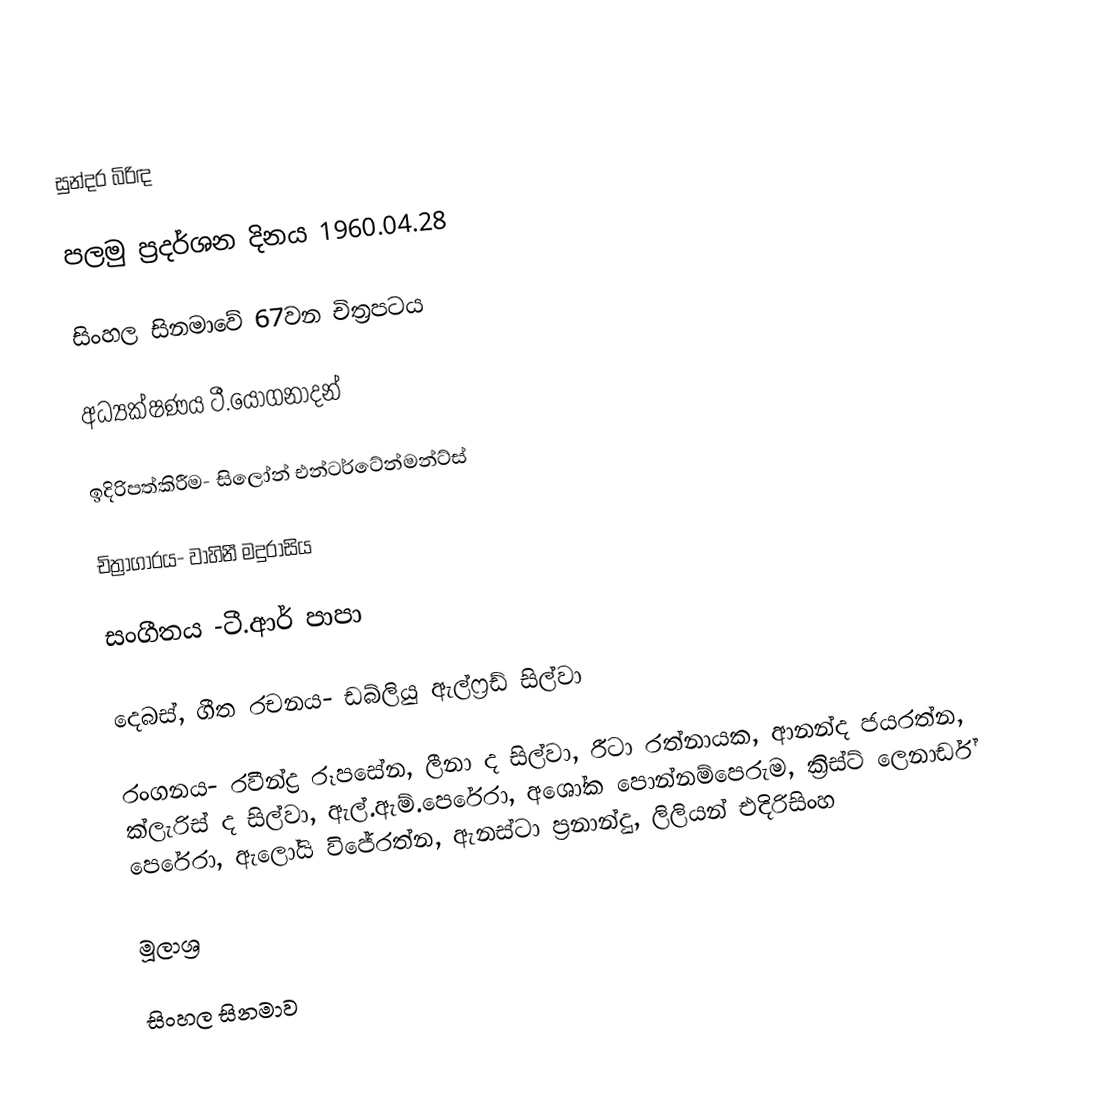
සුන්දර බිරිඳ

පලමු ප්‍රදර්ශන දිනය 1960.04.28

සිංහල සිනමාවේ 67වන චිත්‍රපටය

අධ්‍යක්ෂණය ටී.යෝගනාදන්

ඉදිරිපත්කිරීම- සිලෝන් එන්ටර්ටේන්මන්ට්ස්

චිත්‍රාගාරය- වාහිනී මදුරාසිය

සංගීතය -ටී.ආර් පාපා

දෙබස්, ගීත රචනය- ඩබ්ලියු ඇල්ෆ්‍රඩ් සිල්වා

රංගනය- රවීන්ද්‍ර රූපසේන, ලීනා ද සිල්වා, රීටා රත්නායක, ආනන්ද ජයරත්න, ක්ලැරිස් ද සිල්වා, ඇල්.ඇම්.පෙරේරා, අශෝක පොන්නම්පෙරුම, ක්‍රිස්ට් ලෙනාර්ඩ් පෙරේරා, ඇලෝයි විජේරත්න, ඇනස්ටා ප්‍රනාන්දු, ලිලියන් එදිරිසිංහ

මූලාශ්‍ර

සිංහල සිනමාව